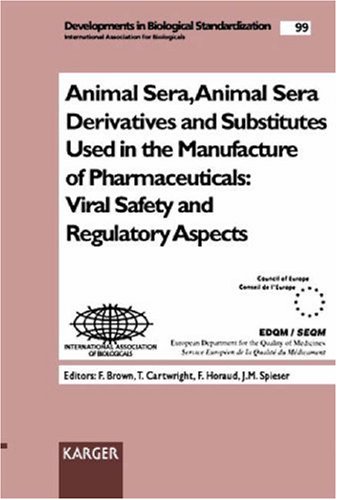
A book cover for Animal Sera, Animal Sera Derivatives and Substitutes Used in the Manufacture of Pharmaceuticals: Viral Safety and Regulatory Aspects: Symposium, ... 1998 (Developments in Biologicals, Vol. 99); Medical Books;